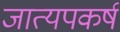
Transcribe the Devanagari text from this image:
जात्यपकर्ष